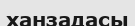
ханзадасы